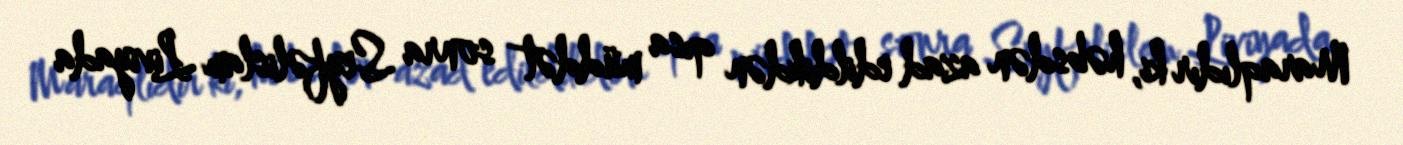
Maraqlıdır ki, həbsdən azad edildikdən qısa müddət sonra Seyfəlislam Liviyada